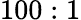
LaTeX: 100:1